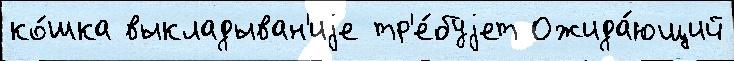
ко́шка выкладыван'иjе тр'е́буjет Ожида́ющий